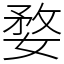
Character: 婺